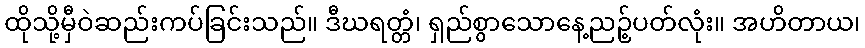
ထိုသို့မှီဝဲဆည်းကပ်ခြင်းသည်။ ဒီဃရတ္တံ၊ ရှည်စွာသောနေ့ညဉ့်ပတ်လုံး။ အဟိတာယ၊